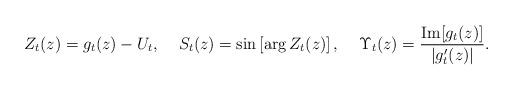
LaTeX: \begin{align*} Z_t(z) = g_t(z) - U_t, \;\;\;\; S_t(z) = \sin \left[\arg Z_t(z)\right], \;\;\;\; \Upsilon_t(z) = \frac{{\rm Im}[g_t(z)]}{|g_t'(z)|}. \end{align*}